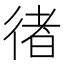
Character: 𢔪